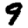
Digit: 9